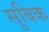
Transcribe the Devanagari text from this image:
सुबिक